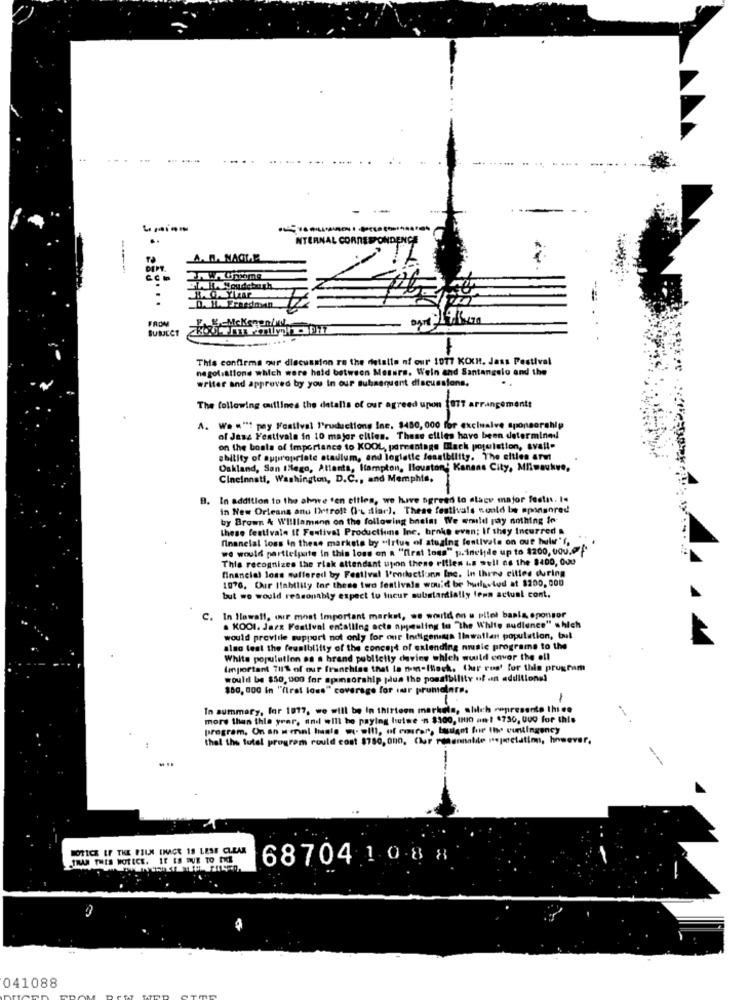
NTERNAL CORRESPONDENCE
D. M. Freedman
FROM
F. &Mckeneniu!
SUBJECT
This confirma our discussion ra the details of our 1077 KCKH. Jass Festival
negotiations which were held between Mesure. Wein and Santangelo and the
writer and approved by you In our subsequent discussions,
The following outlines the detalls of our agreed upon 1877 arrangements
A. We """ pay Festival I'ruductions Ine. $450, 000 for exclusive sponsorship
of Jass Festivals in 10 major cliles. These ellles have been determined
on the boals of importance to KOOL, percentage Black population, avail"
ability of appropriate etaulum, and loglatte feasibility. The eltles are!
Oakland, Son IHlego, Attants, Hampton, Ilouston' Kansas City, Milwaukee,
Cincinnati, Washington, D.C ., and Memphis,
In addition to the above ten eltles, we have agreed to stacy major festas. I.
in New Orleans anu Detroit (- stiar). These festivals would be sponsored
by Brown & Willlamann on the following bnein! We wmild ray nothing in-
these festivale It Festival Productions Inc. broke even; If they Incurred &
financial loss in these markets by virtue of atusing festivals on out hulu"f,
we would participate in this loss on a "first loss" p. incide up to $200, Uou.@
This recognizes the rlak attendant upon thene rifles is well as the $400, 000
financial loss suffered by Festival I'roilectionn Inc. In Ihres cilles during
1976. Our Ilability tor these two festivals would be husetud at 1200, 000
but we would reasonably expect to Incur substantially lenn actual cont.
C. In Ilawall, wir most Important market, we would on u pilot baals sponsor
. KOOI. Jazz Festival encalling acta appealing to "the White sudlence" shich
would prevtile support not only for our indigenous llawatlan population, bul
also test the feasibility of the concept of extending music programs to the
White population os a brand publicity davies which would envor the oil
Important 711% of our franchise that ta non-lock. Cher rus' for this program
would be $50, 000 for sponsorship plus the possibility of .in additionsi
$80, 000 in "(tral loss" coverage for mur prumalara.
In summary, for 1877, we will be in thirteen markala, shich representa thieo
more than this year, and will be paying butse -n $100, INIO an! $730, 000 for this
program. On an i mal hasle we will, of curar, taulgot for the contingency
that the tutel program could cost $750, 000, Chur rosannalite nejstelatim, however,
--
NOTICE IF THE FILM ENAGE 19 LESE CLEAR
TRAS THIS NOTICE. IE ES DUE TO THE
687041 0.8 8
041088